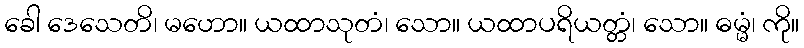
ခေါ ဒေသေတိ၊ မဟော။ ယထာသုတံ၊ သော။ ယထာပရိယတ္တံ၊ သော။ ဓမ္မံ၊ ကို။